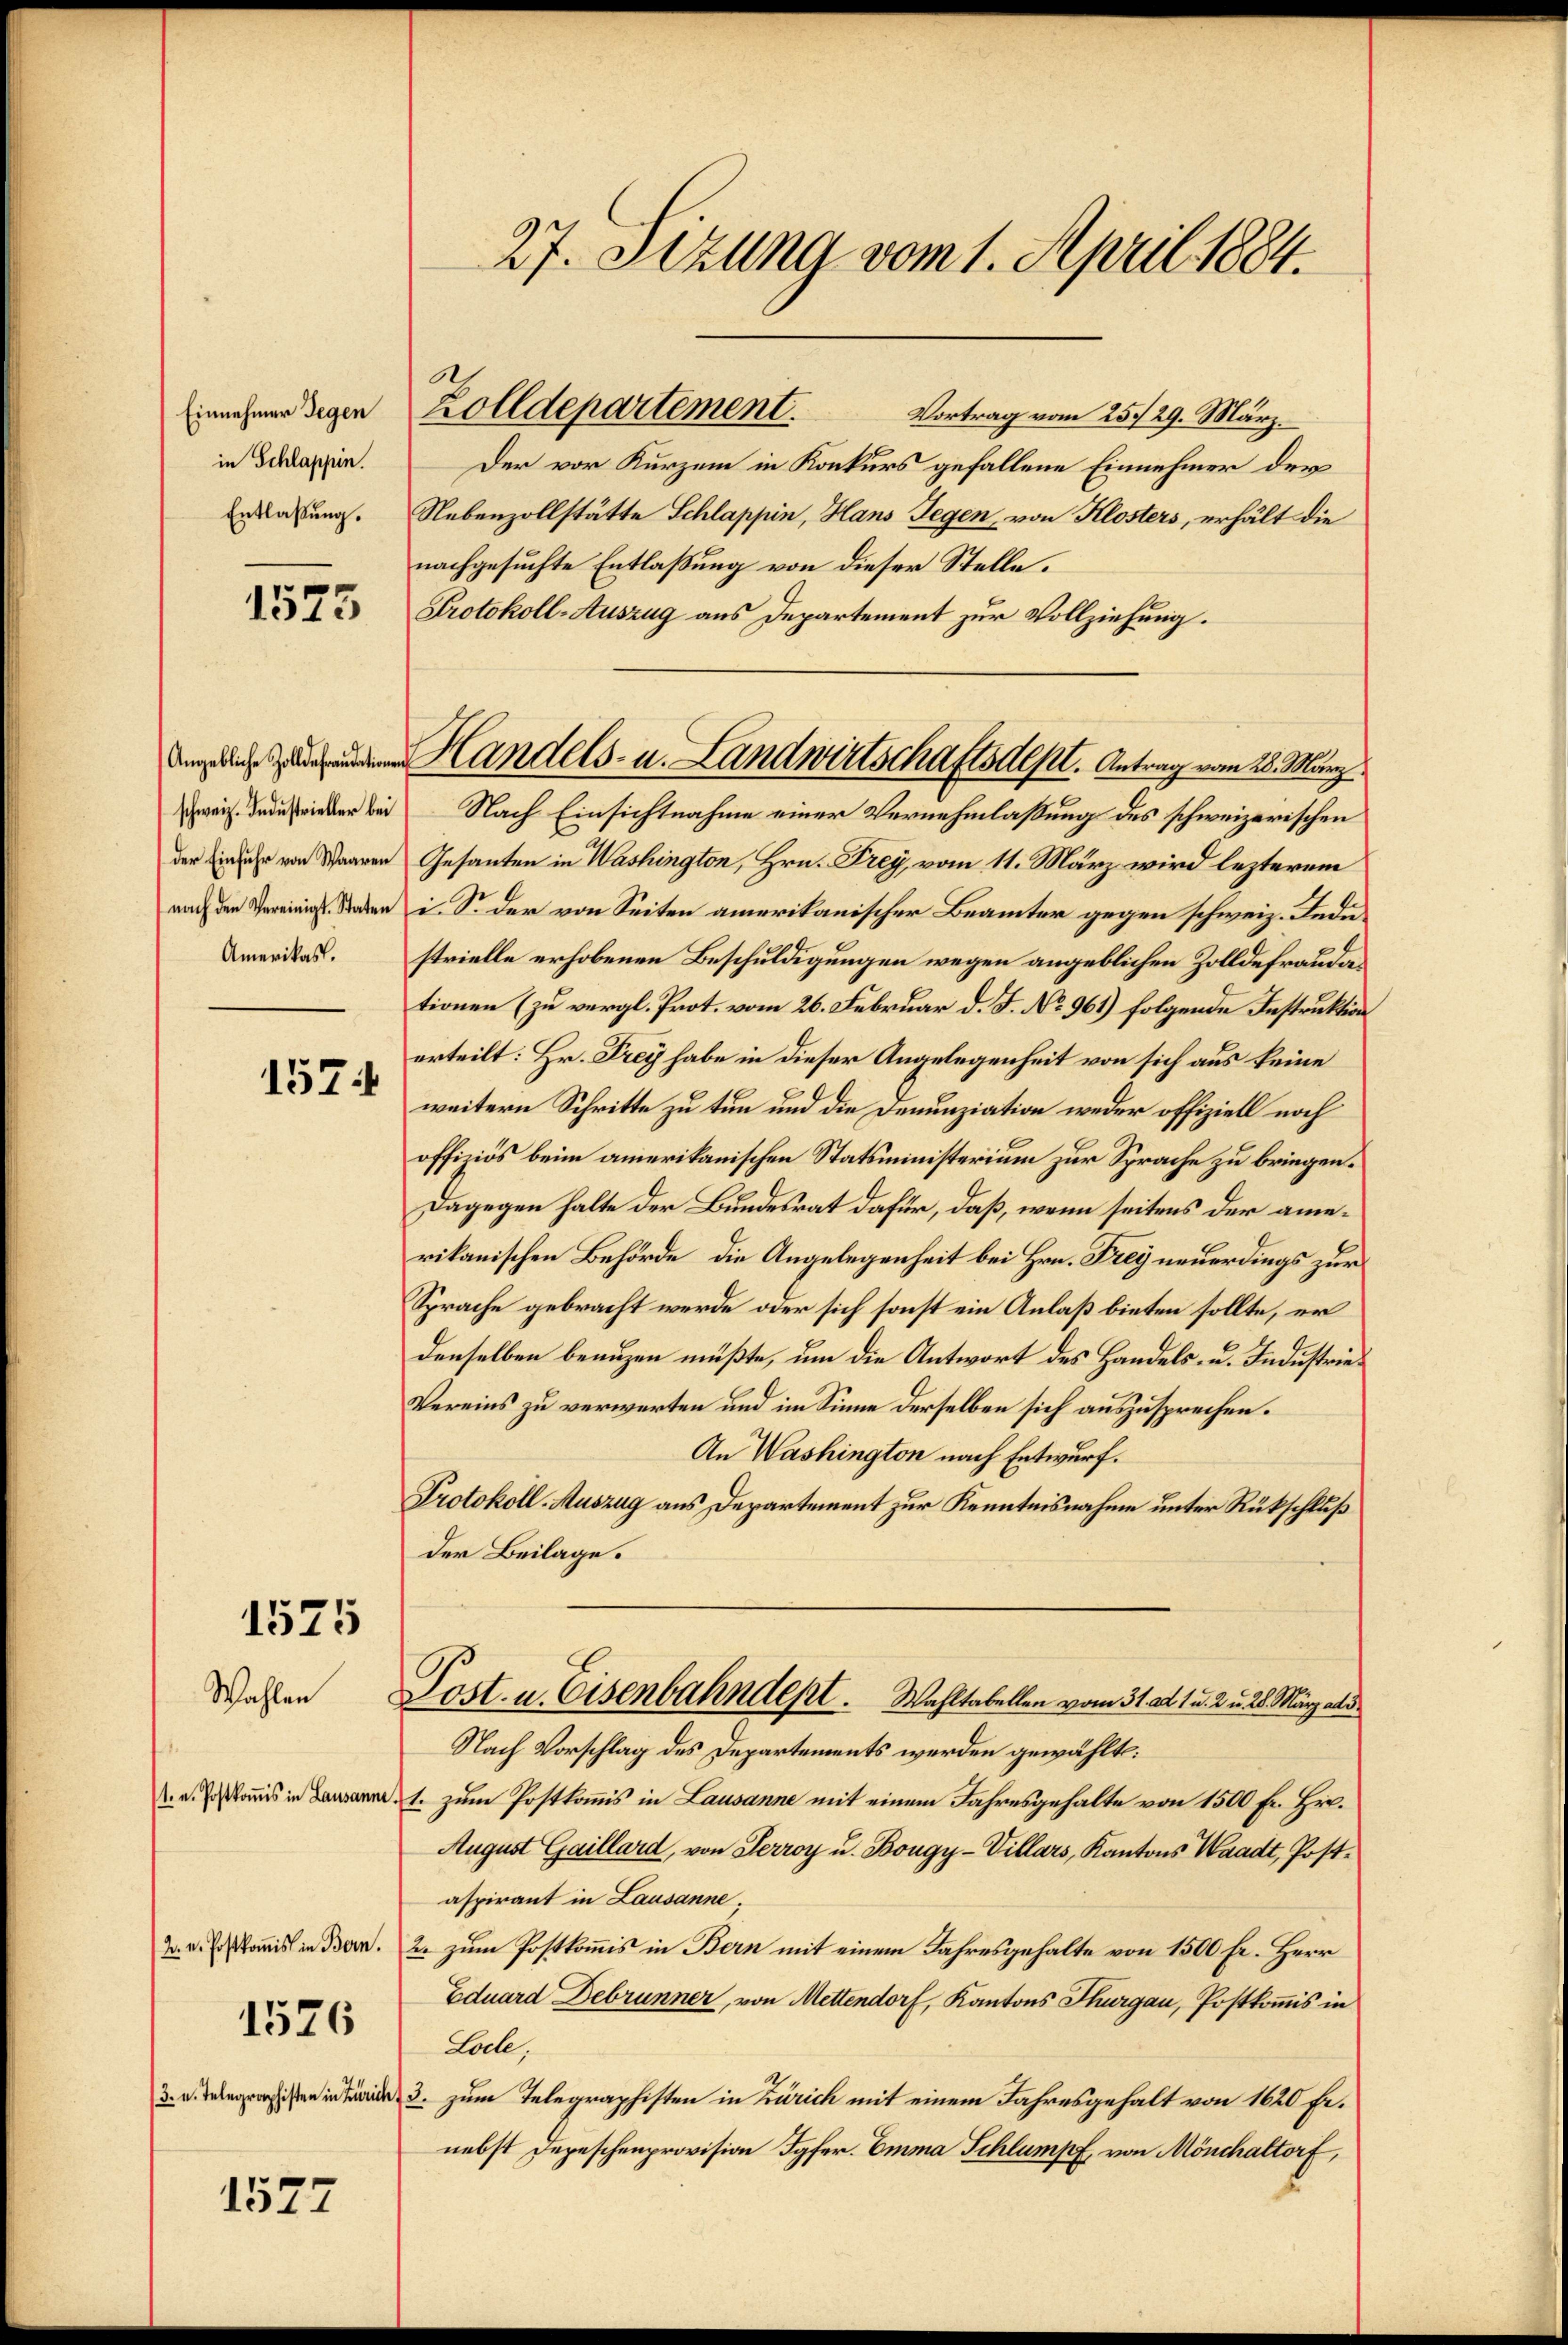
Einnehmer Gegen
in Schlappin.
Entlaßung.

1523

schweiz. Industrieller bei
der Einfuhr von Waaren
Amerikast.

1574

1525

Wahlen
1. u. Postkomis in Lausanne

2. u. Postkomis in Bern.
1526
3. u. Telegraphisten in Zürich

1577

27. Sizung vom 1. April 1884.

Der vor Kurzem in Konkurs gefallene Einnehmer der
Nebenzollstätte Schlappin, Hans Gegen, von Klosters, erhält die
nachgesuchte Entlaßung von dieser Stelle.
Protokoll-Auszug aus Departement zur Vollziehung.
Nach Einsichtnahme einer Vernehmlaßung des schweizerischen
Gesanten in Washington, Hrn. Frey, vom 11. März wird lezterem
nach den Vereinig Saben i. S. der von Seiten amerikanischer Beamter gegen schweiz. Indie
strielle erhobenen Beschuldigungen wegen angeblichen Zolldefraudationen (zu vergl. Prot. vom 26. Februar d. J. No 961) folgende Instruktion
erteilt: Hr. Frey habe in dieser Angelegenheit von sich aus keine
weitern Schritte zu tun und die Denunziation weder offiziell noch
offiziös beim amerikanischen Statsministerium zur Sprache zu bringen.
Dagegen halte der Bundesrat dafür, daß, wenn seitens der amerikanischen Behörde, die Angelegenheit bei Hrn. Frey neuerdings zur
Sprache gebracht werde oder sich sonst ein Anlaß bieten sollte, er
denselben beaugen müßte, um die Antwort des Handels- u. Industrie¬
Vereins zu verwarten und im Sinne derselben sich auszusprechen.
An Washington nach Entwurf.
Protokoll-Auszug aus Departement zur Kenntnisnahme unter Rückschluß
Der Beilage.
Post. u. Eisenbahndept. Wahltabellen vom 31. ad 1. u. 2 u. 28. März altd
Nach Vorschlag des Departements werden gewählt:
1. zum Postkommis in Lausanne mit einem Jahresgehalte von 1500 Fr. Hr.
August Gaillard, von Serroy u. Bougy-Villars, Kantons Waadt, Postaspirant in Lausanne,
2. zum Postkommis in Bern mit einem Jahresgehalte von 1500 Fr. Herr
Eduard Debrunner, von Mettendorf, Kantons Thurgau, Postkomis in
Loele,
d. 3. zum Telegraphisten in Zürich mit einem Jahresgehalt von 1620 Fr.
nebst Depeschenprovision Jgfer. Emma Schlumpf von Mönchaltorf,

Zolldepartement. Vortrag vom 25. 29. März.

dnn das zu Handels- u. Landwirtschaftsdest. Antrag vom 28. März